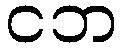
ငဘ